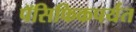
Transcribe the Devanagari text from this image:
पॅसिफिकपर्यंत